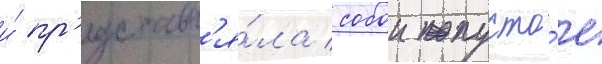
и́ пр'едставл'я́ла собои пусто́е